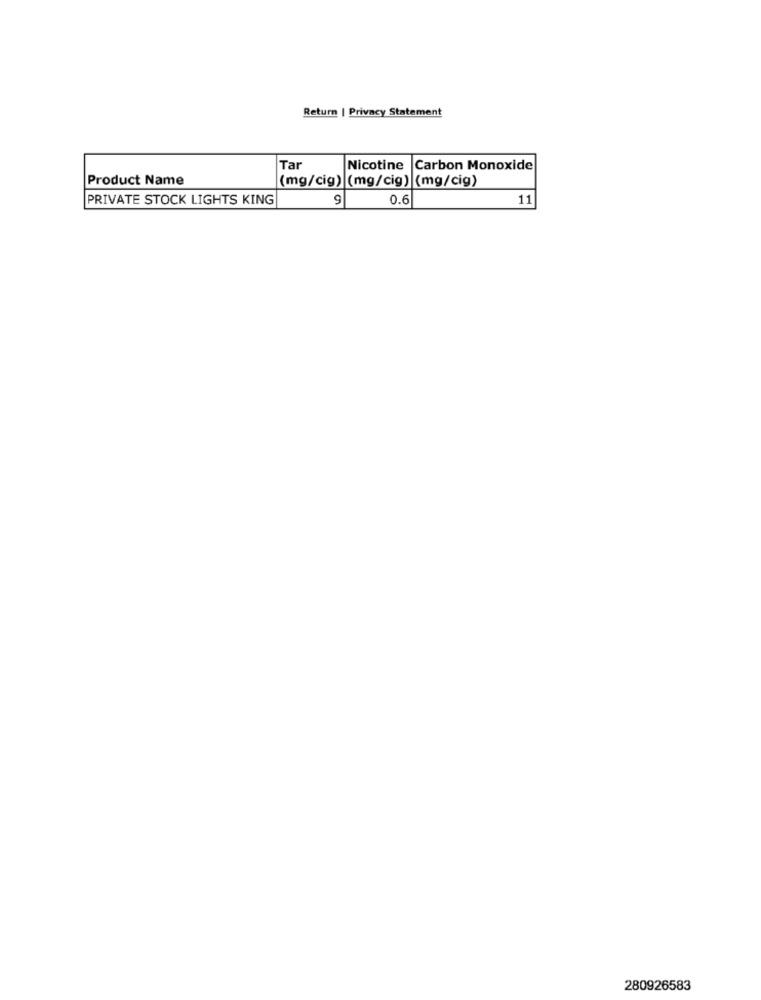
Return | Privacy Statement
Tar
Nicotine Carbon Monoxide
Product Name
(mg/cig) (mg/cig) (mg/cig)
PRIVATE STOCK LIGHTS KING
9
0.6
11
280926583